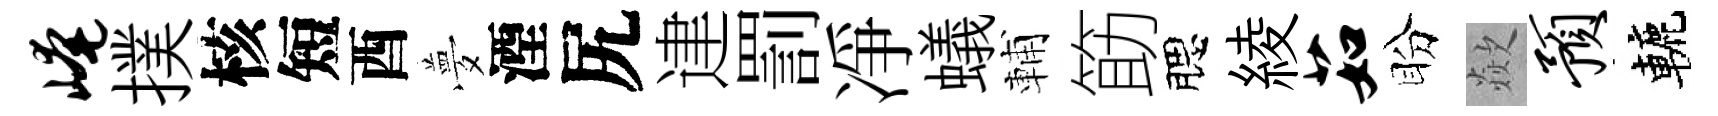
崦撲核短酉夢湮尻䢖罰凈蟻輔筯腮綾茹盼歘预轆